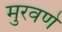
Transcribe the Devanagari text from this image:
मुरवणे